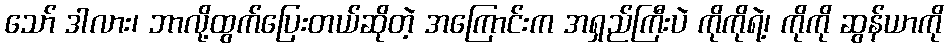
သော် ဒါလား၊ ဘာလို့ထွက်ပြေးတယ်ဆိုတဲ့ အကြောင်းက အရှည်ကြီးပဲ ကိုကိုရဲ့၊ ကိုကို ဆွန်ယာကို